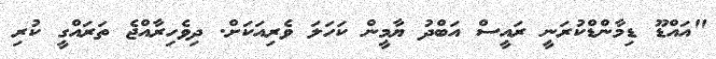
"އައްޑޫ ޑިމާންޑްކުރަނީ ރައީސް އަބްދު ޔާމީން ކަހަލަ ވެރިއަކަށް. ދިވެހިރާއްޖެ ތަރައްގީ ކުރި